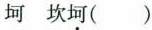
坷 坎坷( )